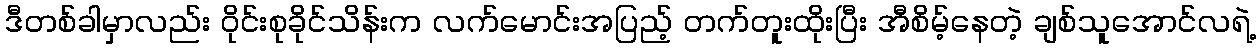
ဒီတစ်ခါမှာလည်း ဝိုင်းစုခိုင်သိန်းက လက်မောင်းအပြည့် တက်တူးထိုးပြီး အီစိမ့်နေတဲ့ ချစ်သူအောင်လရဲ့